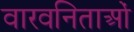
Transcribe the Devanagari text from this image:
वारवनिताओं